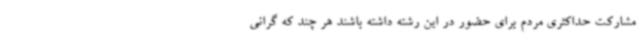
مشارکت حداکثری مردم برای حضور در این رشته داشته باشند هر چند که گرانی